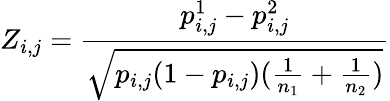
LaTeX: Z_{i,j}=\frac{p_{i,j}^{1}-p_{i,j}^{2}}{\sqrt{p_{i,j}(1-p_{i,j})(\frac{1}{n_{1}}+\frac{1}{n_{2}})}}